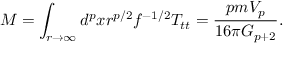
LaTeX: M = \int _ { r \rightarrow \infty } d ^ { p } x r ^ { p / 2 } f ^ { - 1 / 2 } T _ { t t } = \frac { p m V _ { p } } { 1 6 \pi G _ { p + 2 } } .